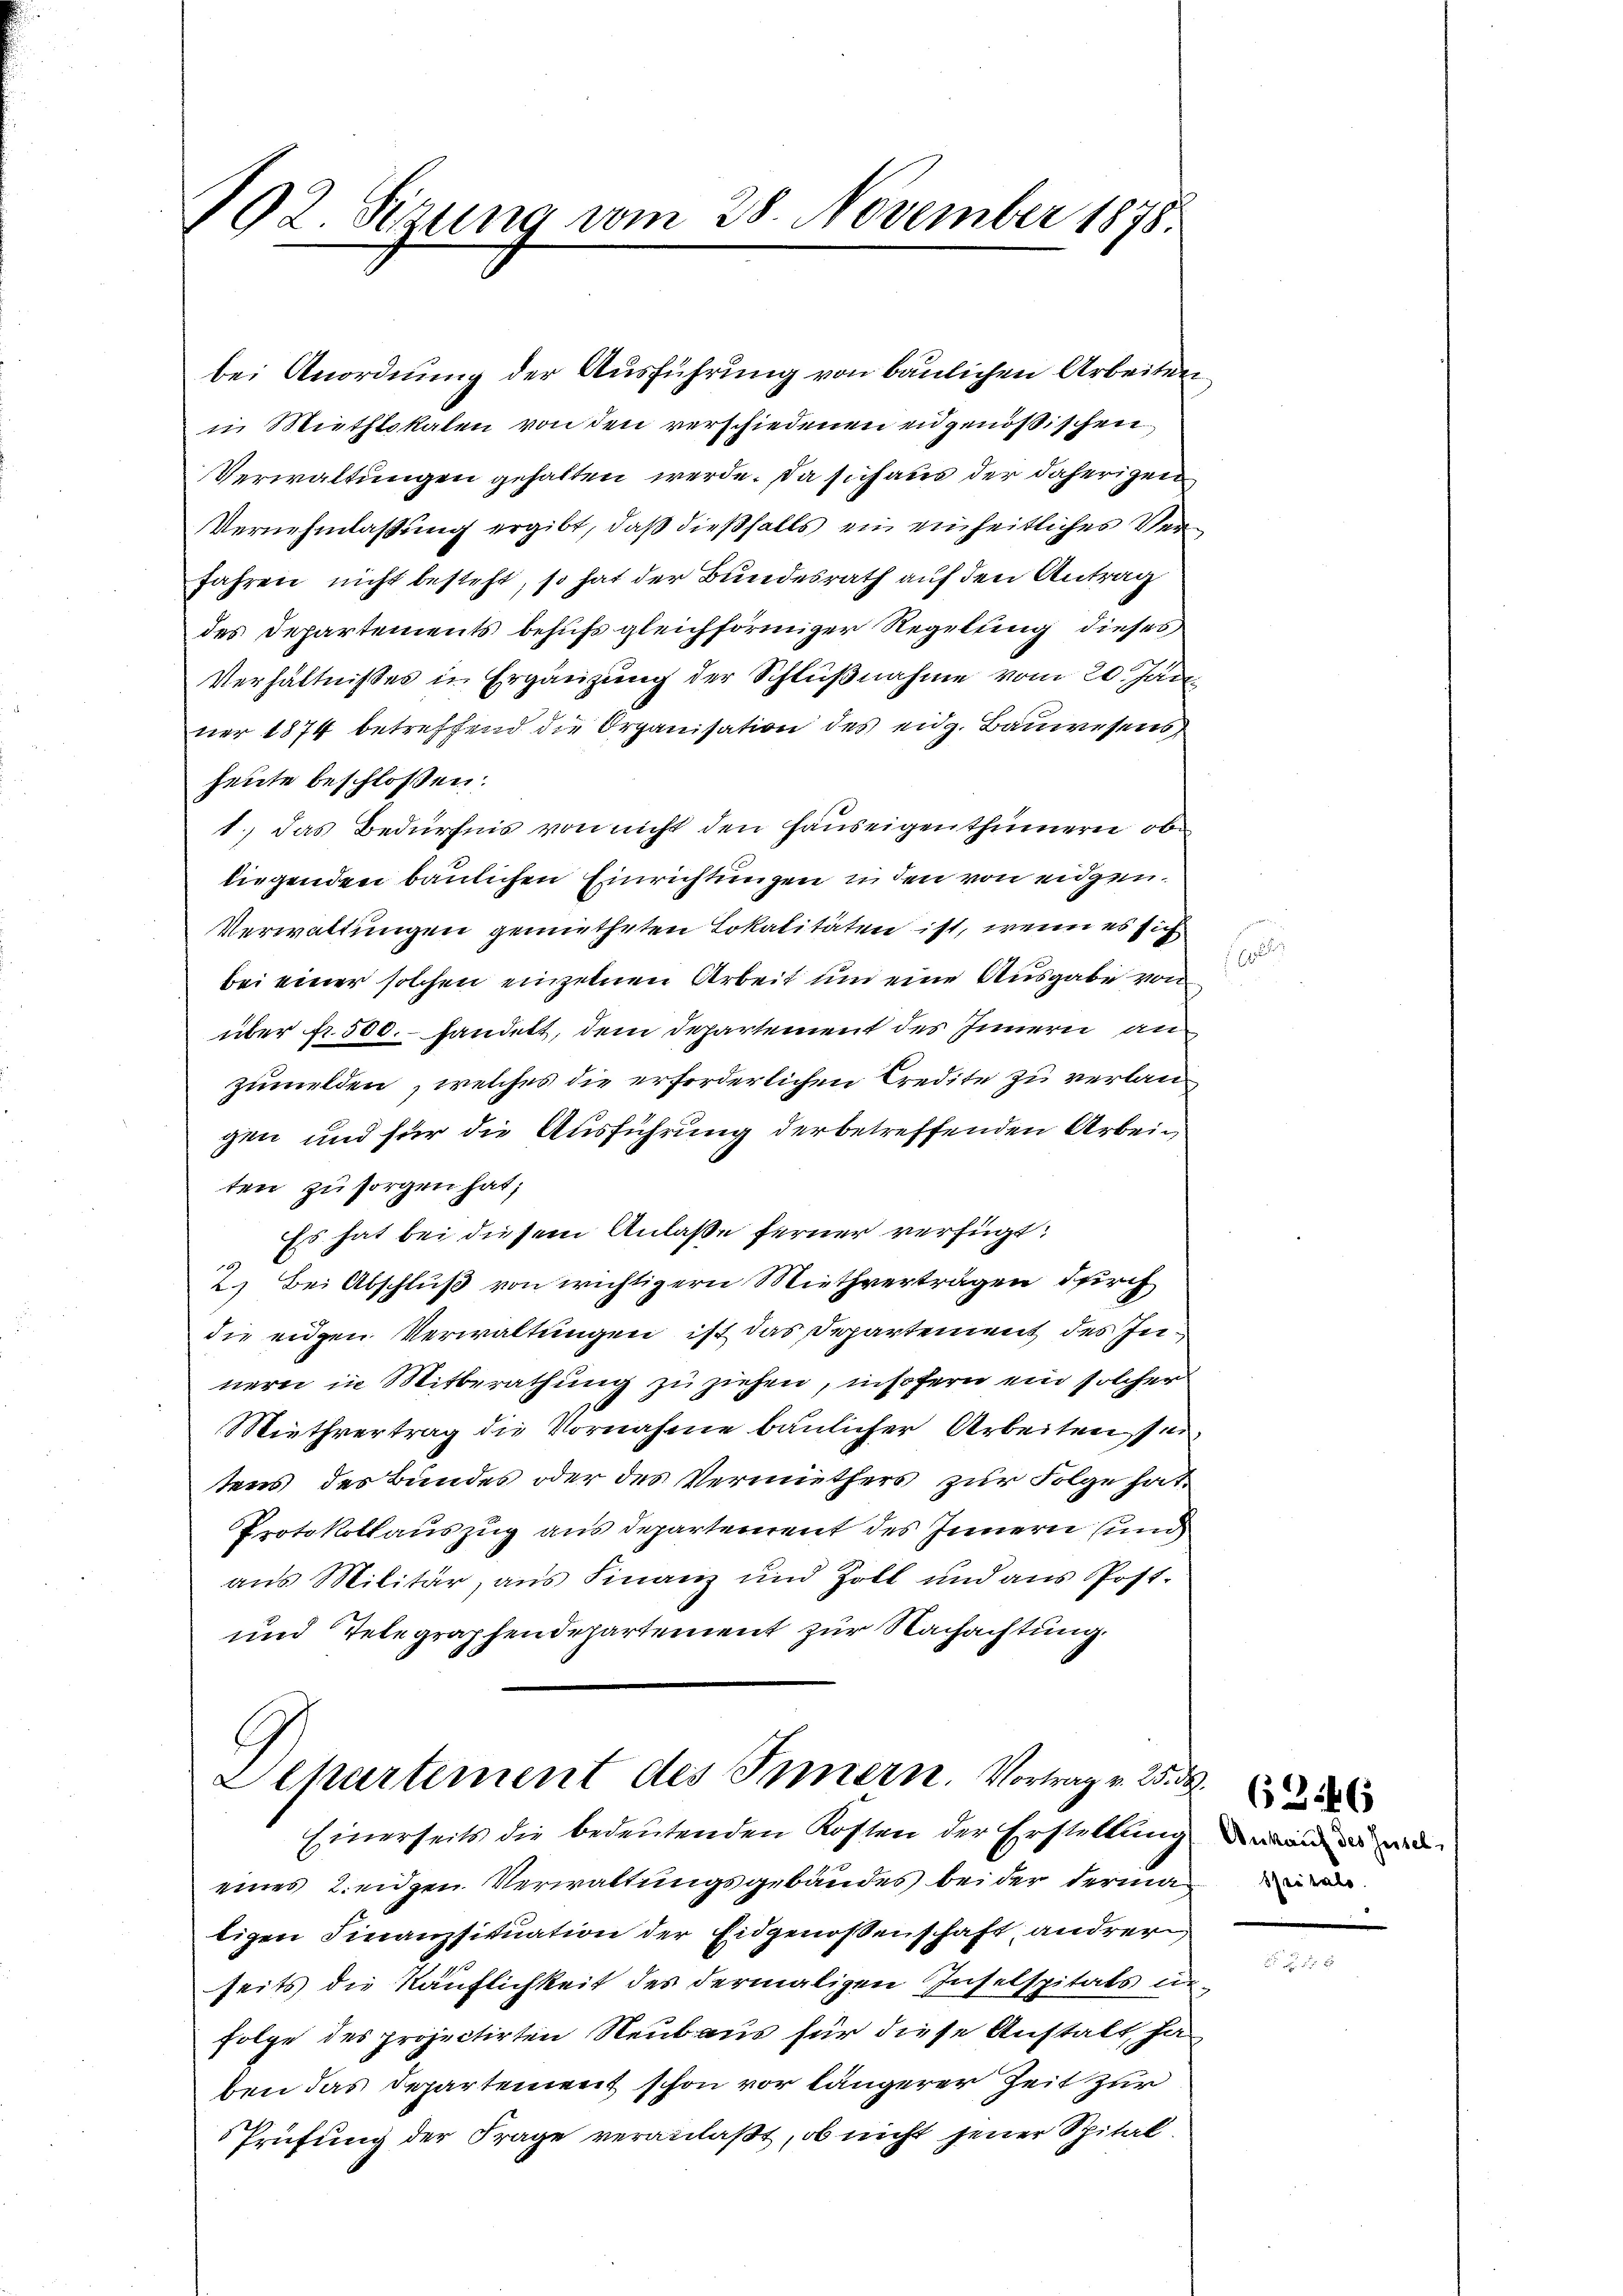
792. Sitzung vom 28. November 1878.

bei Anordnung der Ausführung von baulichen Arbeiten
in Miethlokalen von den verschiedenen eidgenößischen
Verwaltungen gehalten werde. Da sich aus der daherigen
Vernehmlassung ergibt, daß dießfalls ein einheitlicher Ver¬
Jahren nicht besteht, so hat der Bundesrath auf den Antrag
des Departements behufs gleichförmiger Regelung dieses
Verhältnisses in Ergänzung der Schlußnahme vom 20. Jan.
ner 1874 betreffend die Organisation des eidg. Bauwesens
heute beschlossen:
1.) Das Bedürfnis von nicht den Hauseigenthümern obe
liegenden baulichen Einrichtungen in den von eidgen.
Verwaltungen gemietheten Lokalitäten ist, wenn es sich
bei einer solchen einzelnen Arbeit und eine Ausgabe von
über Nr. 500.- fandelt, dem Departement des Innern anzumelden, welches die erforderlichen Credite zu verlangen und für die Ausführung der betreffenden Arbein
ten zu sorgen hat;
Es hat bei diesem Anlaße ferner verfügt:
2.) Bei Abschluß von wichtigern Miethverträgen durch
die eiden Verwaltungen ist das Departement des Innern in Mitberathung zu ziehen, insofern ein solcher
Miethvertrag die Vornahme baulicher Arbeiten sei,
tens des Bundes oder des Vermuthers zur Folge hat
Protokollauszug aus departement des Innern un
aus Militär, ans Finanz und Zoll und ans Post-
und Telegraphendepartement zur Nachachtung.
Departement des Innern. Vortrag v. 25. d.
Einerseits die bedeutenden Kosten der Erstellung
eines Leiden Verwaltungsgebäudes bei der derma
tigen Finanzsituation der Eidgenoßenschaft andrer
seits die Käuflichkeit des dermaligen Inselspitals un-
folge des projectirten Neubaus für diese Anstalt, ha
ben das Departement schon vor längerer Zeit zur
Prüfung der Frage veranlaßt, ob nicht jener Spital

1

125

Ankauf des Jestel
Spitals.